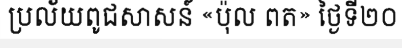
ប្រល័យពូជសាសន៍ «ប៉ុល ពត» ថ្ងៃទី២០